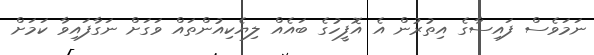
ނަމަވެސް ފައިސާގެ އިތުރުން އެ އޮފީހުގެ ބައެއް ލިޔެކިއުންތައް ވަގަށް ނަގާފައިވާ ކަމަށް